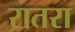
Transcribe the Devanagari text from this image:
रातरा